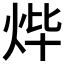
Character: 𤇹